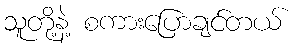
သူတို့နဲ့ စကားပြောချင်တယ်